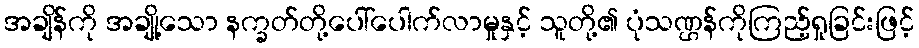
အချိန်ကို အချို့သော နက္ခတ်တို့ပေါ်ပေါက်လာမှုနှင့် သူတို့၏ ပုံသဏ္ဌန်ကိုကြည့်ရှုခြင်းဖြင့်